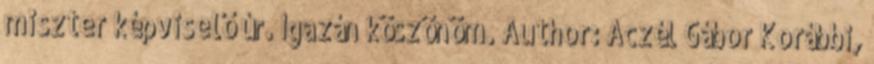
miszter képviselő úr. Igazán köszönöm. Author: Aczél Gábor Korábbi,